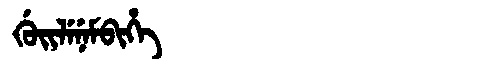
Manchu: ᡤᡠᡳᠯᡝᠨᡝᠮᠪᡳᡥᡝ
Romanization: GUILENEMBIHE